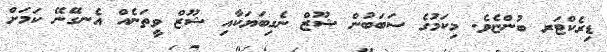
ޑިރެކްޓަރ ބުންޏެވެ. މިކަމުގެ ސަބަބުން ޝޫޒް ނެގިބަޔަކާއި ޝޫޒް ވީތަނެއް އެނގޭނޭ ކަމަށް